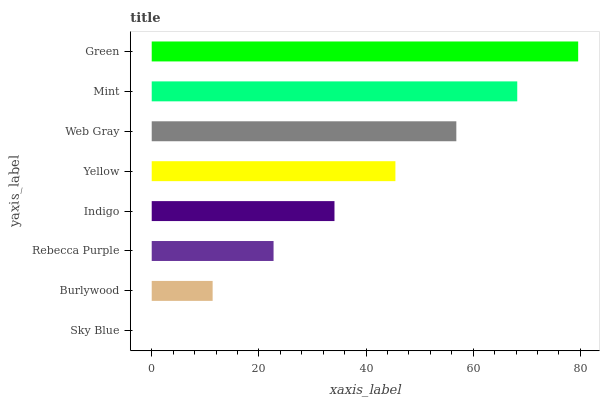
| yaxis_label | bars |
 | --- | --- |
 | Sky Blue | 0 |
 | Burlywood | 11.4 |
 | Rebecca Purple | 22.7 |
 | Indigo | 34.1 |
 | Yellow | 45.5 |
 | Web Gray | 56.9 |
 | Mint | 68.2 |
 | Green | 79.6 |